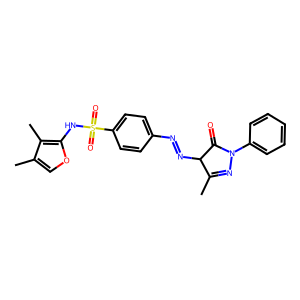
SMILES: CC1=NN(c2ccccc2)C(=O)C1N=Nc1ccc(S(=O)(=O)Nc2occ(C)c2C)cc1
Inhibits HIV replication: No